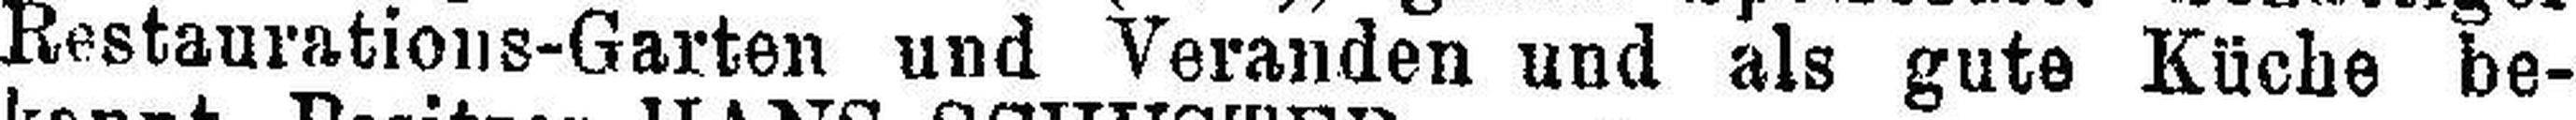
Restaurations-Garten und Veranden und als gute Küche be¬